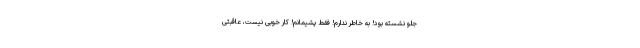
جلو نشسته بود! به خاطر ندارم! فقط پشیمانم! کار خوبی نیست، عاقبتی